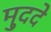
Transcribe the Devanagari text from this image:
मु्ददे